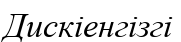
Дискіенгізгі